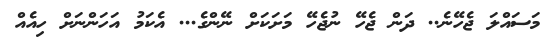
މަސައްލަ ޖެހޭނެ.. ދަން ޖެހޭ ނުޖެހޭ މަށަކަށް ނޭންގެ... އެކަމު އަހަންނަށް ހިއެއް